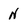
Character: N